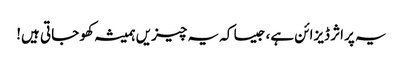
یہ پراثر ڈیزائن ہے، جیسا کہ یہ چیزیں ہمیشہ کھو جاتی ہیں!